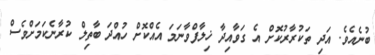
ބުނެއެވެ. އަދި ތަކުރާރުކޮށް އެ ގަވާއިދާ ޚިލާފްވާނަމަ އެއްކޮށް ހުއްދަ ބާތިލް ކުރާނެކަމަށްވެސް